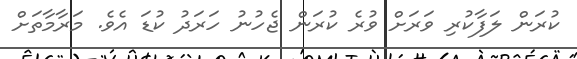
ކުރަން ލަފާކުރި ވަރަށް ވުރެ ކުރަން ޖެހުނު ހަރަދު ކުޑަ އެވެ. މަރާމާތަށް